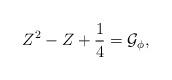
LaTeX: \begin{align*}Z^2-Z+\frac{1}{4}=\mathcal{G}_{\phi},\end{align*}